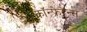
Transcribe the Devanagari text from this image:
कॉन्फ्रेरेन्स